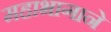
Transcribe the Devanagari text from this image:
महाभागाने